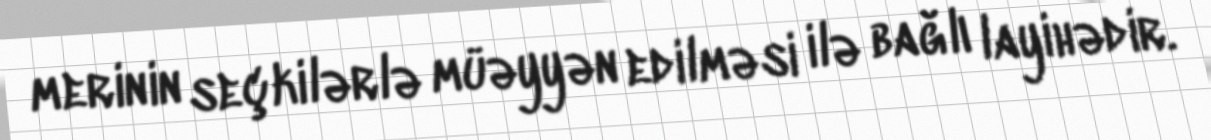
merinin seçkilərlə müəyyən edilməsi ilə bağlı layihədir.